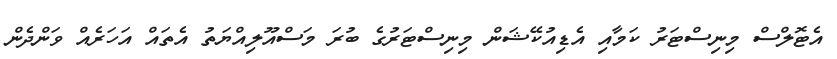
އެޓޮލްްސް މިނިސްޓަރު ކަމާއި އެޑިއުކޭޝަން މިނިސްޓަރުގެ ބުރަ މަސްއޫލިއްޔަތު އެތައް އަހަރެއް ވަންދެން